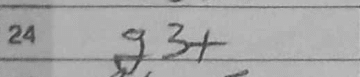
Transcription: g3+